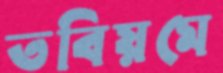
তবিয়মে